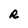
Character: R